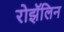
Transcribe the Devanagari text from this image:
रोझॅलिन